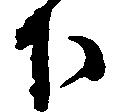
下